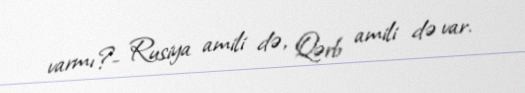
varmı?- Rusiya amili də, Qərb amili də var.